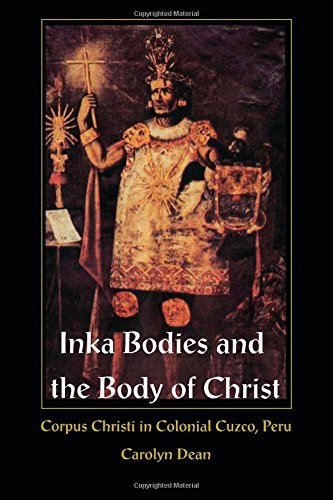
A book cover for Inka Bodies and the Body of Christ: Corpus Christi in Colonial Cuzco, Peru; Carolyn J Dean; History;